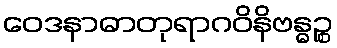
ဝေဒနာဓာတုရာဂဝိနိဗန္ဓဉ္စ